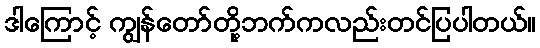
ဒါကြောင့် ကျွန်တော်တို့ဘက်ကလည်းတင်ပြပါတယ်။